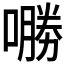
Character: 𱔟